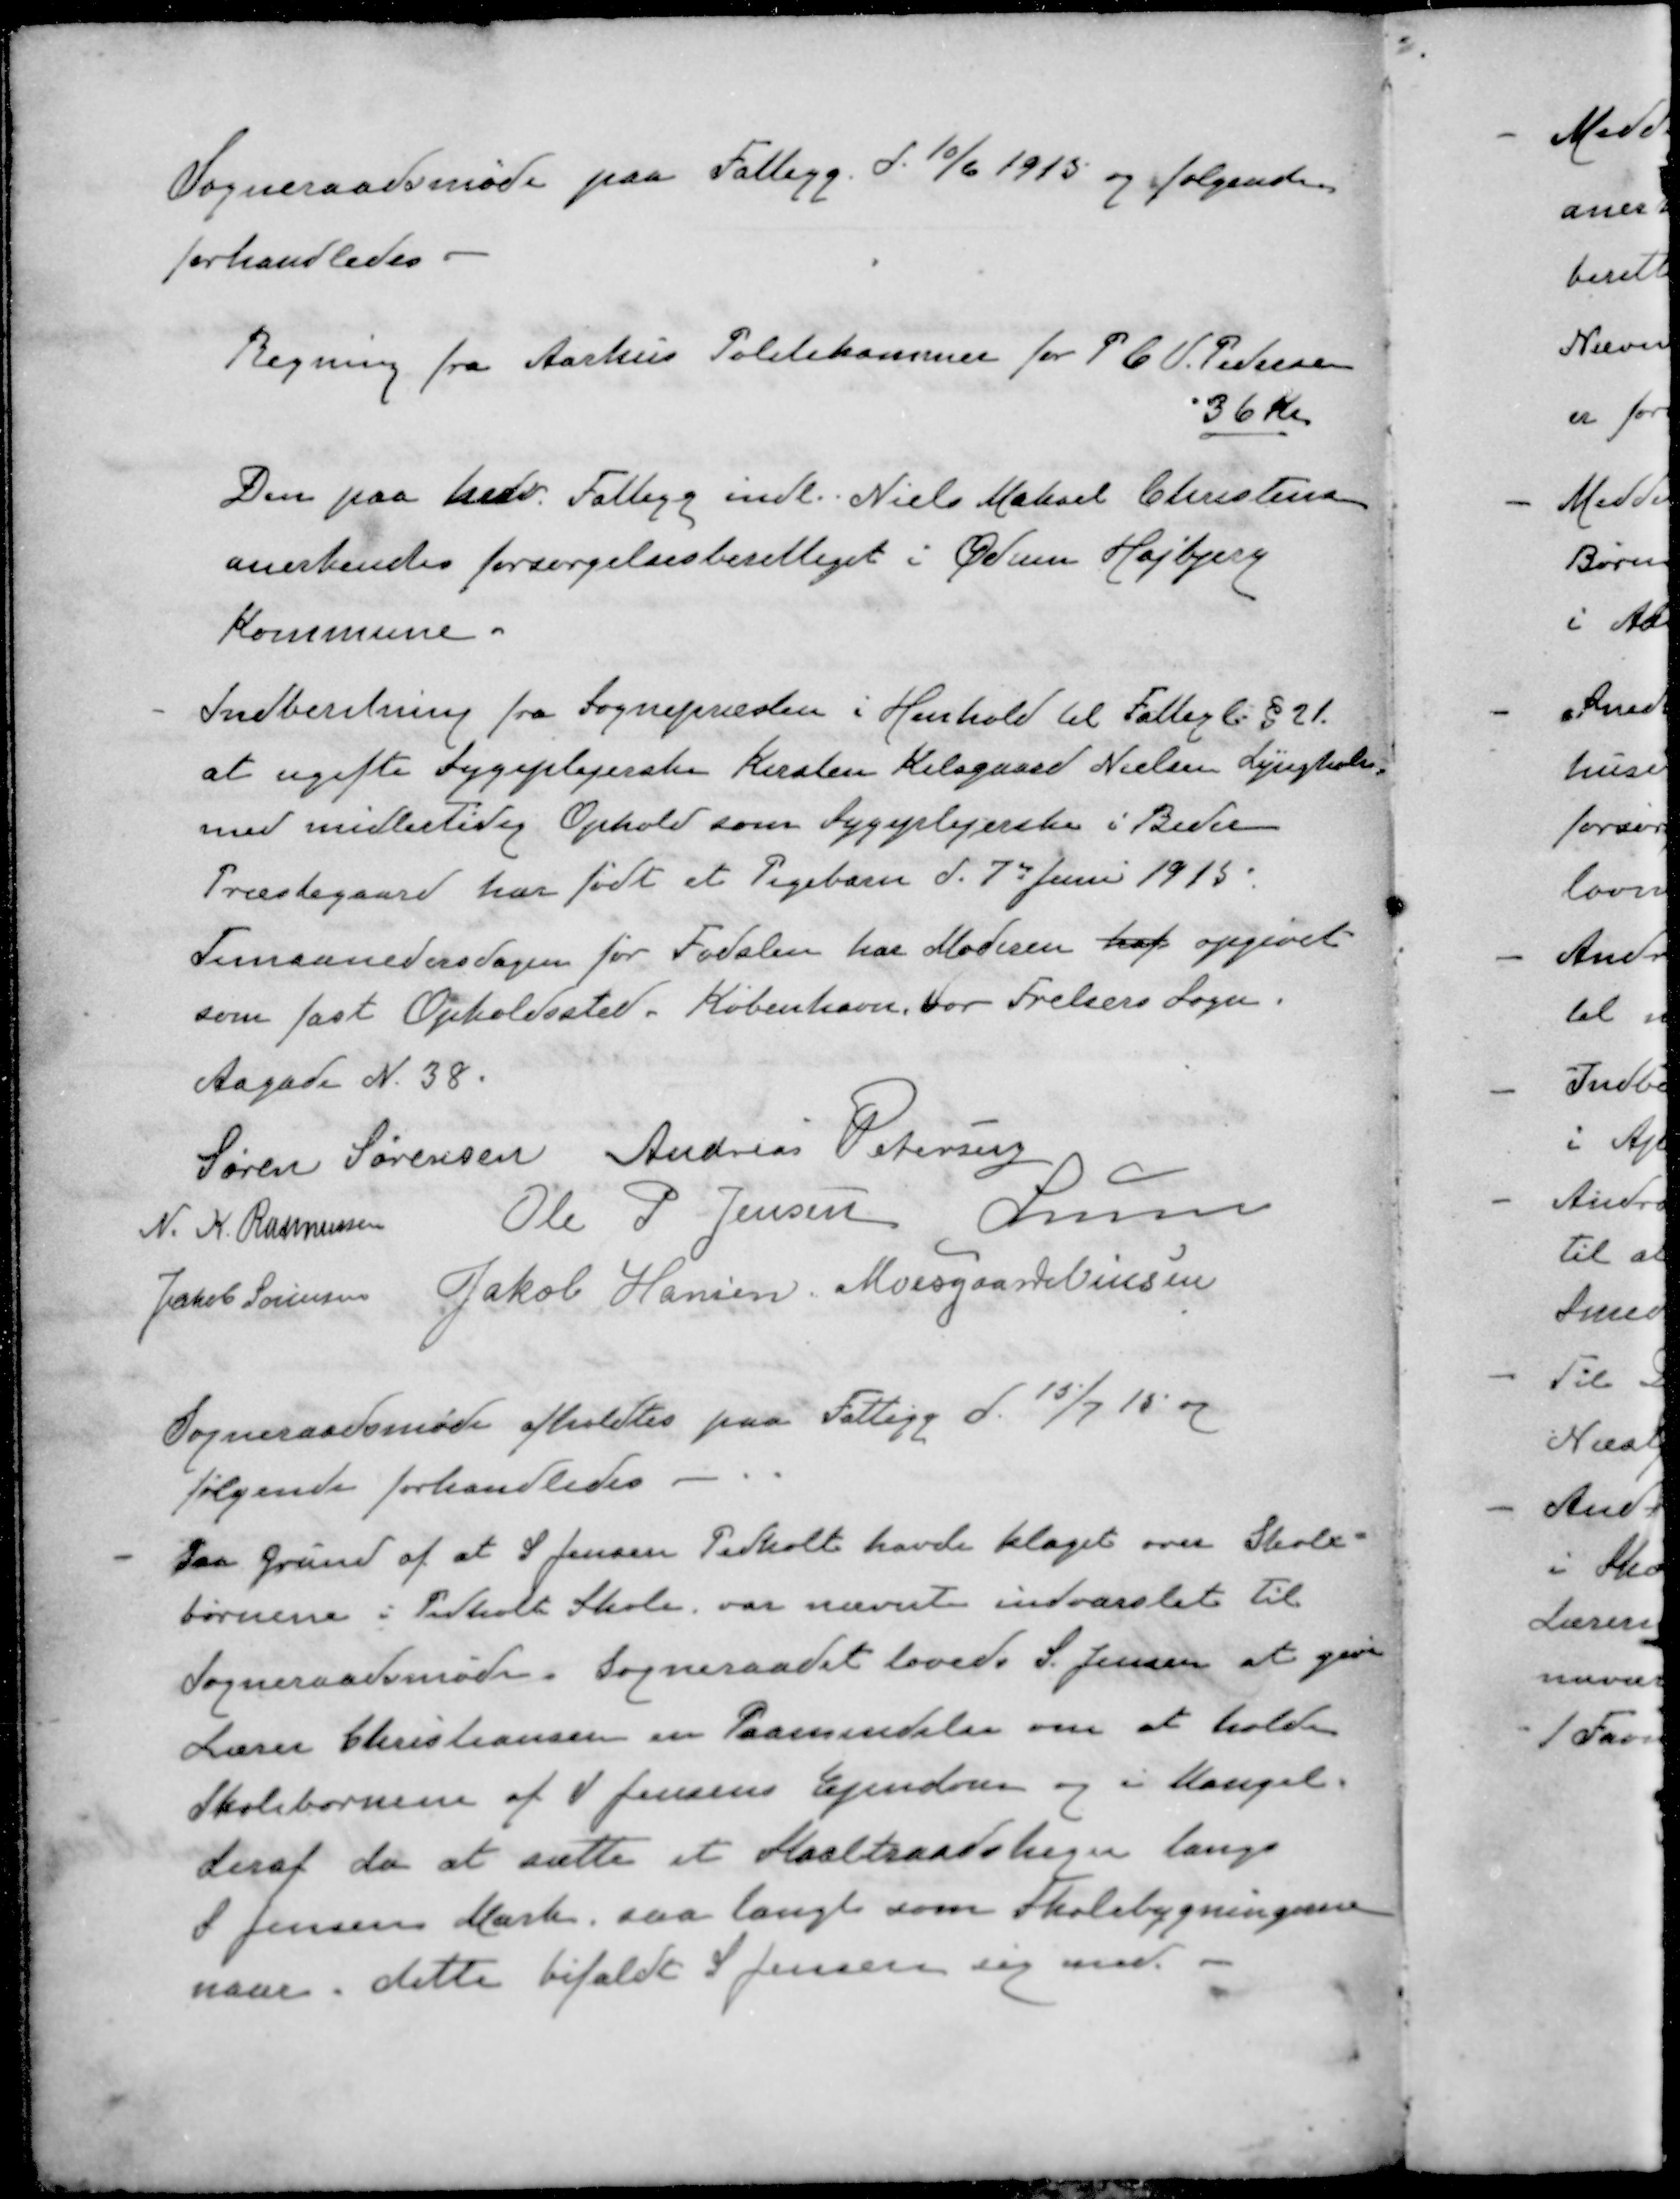
Transskription:
Sogneraadsmøde paa Fattigg. d. 10/6 1915 og følgende.
forhandledes.
Regning fra Aarhus Politikammer for P. C. P. Pedersen
36 Kr.
Den paa herv. Fattigg indl. Niels Mikael Christensen
anerkendes forsørgelsesberettiget i Ødum Højbjerg
Kommune.
-
Indberetning fra Sognepræsten i Henhold til Fattigl. § 21.
at ugifte Sygeplejerske Kirsten Kilsgaard Nielsen Lyngholm
med midlertidig Ophold som Sygeplejerske i Beder
Præstegaard har født et Pigebarn d. 7' Juni 1915.
Timaanedersdagen for Fødslen har Moderen haf opgivet
som fast Opholdssted. København, for Frelsers Sogn.
Aagade N. 38.
Søren Sørensen
Andreas Petersen
N. K. Rasmussen
Ole P Jensen
Lunn
Jakob Sørensen
Jakob Hansen
Moesgaard Nielsen
Sogneraadsmøde afholdtes paa Fattigg d. 15/7 15 og
følgende forhandledes.
- 
Paa Grund af at S. Jensen Pedholt havde klaget over Skole-
børnene i Pedholt Skole var nævnte indvarslet til
Sogneraadsmøde. Sogneraadet lovede S. Jensen at give
Lærer Christiansen en Paamindelse om at holde
Skolebørnene af Jensens Ejendom og i Mangel
deraf da at sætte et Staaltraadshegn langs
S Jensens Mark, saa langt som Skolebygningerne
naar. dette bifaldt S Jensen sig med.